Plague in India, 1896, 1897 - Volume 2
Year: 1896
Disease focus: Plague
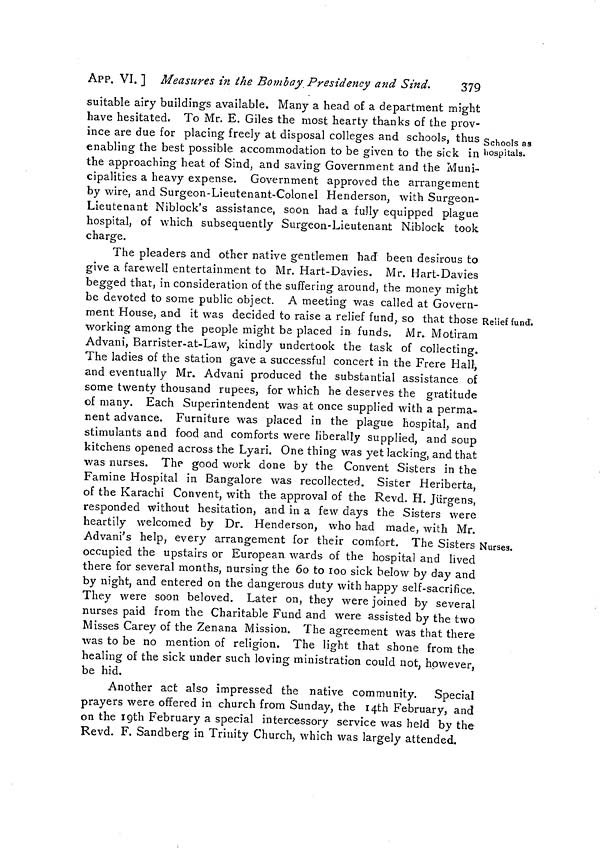
APP. VI. ] Measures in the Bombay Presidency and Sind.
379
Schools as
hospitals.
suitable airy buildings available. Many a head of a department might
have hesitated. To Mr. E. Giles the most hearty thanks of the prov-
ince are due for placing freely at disposal colleges and schools, thus
enabling the best possible accommodation to be given to the sick in
the approaching heat of Sind, and saving Government and the Muni-
cipalities a heavy expense. Government approved the arrangement
by wire, and Surgeon-Lieutenant-Colonel Henderson, with Surgeon-
Lieutenant Niblock's assistance, soon had a fully equipped plague
hospital, of which subsequently Surgeon-Lieutenant Niblock took
charge.
Relief fund'.
The pleaders and other native gentlemen had been desirous to
give a farewell entertainment to Mr. Hart-Davies. Mr. Hart-Davies
begged that, in consideration of the suffering around, the money might
be devoted to some public object. A meeting was called at Govern-
ment House, and it was decided to raise a relief fund, so that those
working among the people might be placed in funds. Mr. Motiram
Advaui, Barrister-at-Law, kindly undertook the task of collecting.
The ladies of the station gave a successful concert in the Frere Hall,
and eventually Mr. Advani produced the substantial assistance of
some twenty thousand rupees, for which he deserves the gratitude
of many. Each Superintendent was at once supplied with a perma-
nent advance. Furniture was placed in the plague hospital, and
stimulants and food and comforts were liberally supplied, and soup
kitchens opened across the Lyari. One thing was yet lacking, and that
was nurses. The good work done by the Convent Sisters in the
Famine Hospital in Bangalore was recollected. Sister Heriberta,
of the Karachi Convent, with the approval of the Revd. H. Jürgens,
responded without hesitation, and in a few days the Sisters were
heartily welcomed by Dr. Henderson, who had made, with Mr.
Nurses.
Advani's help, every arrangement for their comfort. The Sisters
occupied the upstairs or European wards of the hospital and lived
there for several months, nursing the 60 to 100 sick below by day and
by night, and entered on the dangerous duty with happy self-sacrifice.
They were soon beloved. Later on, they were joined by several
nurses paid from the Charitable Fund and were assisted by the two
Misses Carey of the Zenana Mission. The agreement was that there
was to be no mention of religion. The light that shone from the
healing of the sick under such loving ministration could not, however,
be hid.
Another act also impressed the native community. Special
prayers were offered in church from Sunday, the 14th February, and
on the 19th February a special intercessory service was held by the
Revd. F. Sandberg in Trinity Church, which was largely attended.